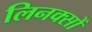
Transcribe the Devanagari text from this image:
लिनक्सों